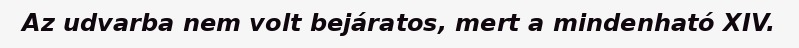
Az udvarba nem volt bejáratos, mert a mindenható XIV.